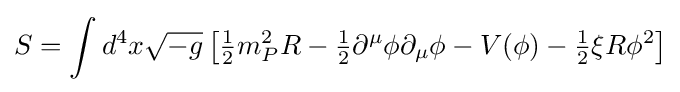
S=\int d^{4}x{\sqrt {-g}}\left[{\tfrac {1}{2}}m_{P}^{2}R-{\tfrac {1}{2}}\partial ^{\mu }\phi \partial _{\mu }\phi -V(\phi )-{\tfrac {1}{2}}\xi R\phi ^{2}\right]